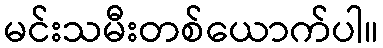
မင်းသမီးတစ်ယောက်ပါ။